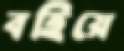
বহিয়ে